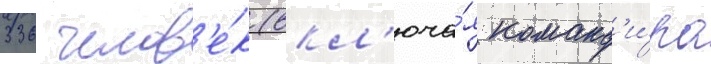
336 челов'е́к (вкл'юча́я команд'и́ра